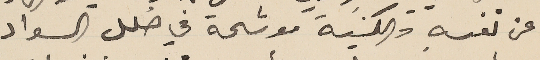
عن نفسهِ والكنيسَة موشحة في حُلل السواد